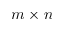
m \times n